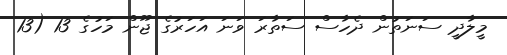
މީލާދީ ސަނަތުން ދެހާސް ސަތާރަ ވަނަ އަހަރުގެ ޖޫން މަހުގެ 13 (13